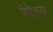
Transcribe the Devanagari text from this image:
रेगेक्स